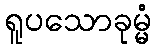
ရူပသောခုမ္မံ